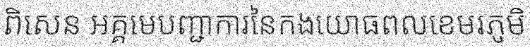
ពិសេន អគ្គមេបញ្ជាការនៃកងយោធពលខេមរភូមិ